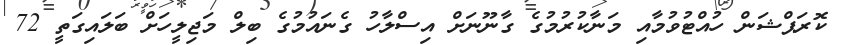
ކޮރަޕްޝަން ހުއްޓުވުމާއި މަނާކުރުމުގެ ގާނޫނަށް އިސްލާހު ގެނައުމުގެ ބިލް މަޖިލީހަށް ބަލައިގަތީ 72